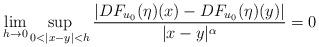
LaTeX: \begin{align*}\lim_{h\to 0} \sup_{0<|x-y|<h} \frac{ |DF_{u_0}(\eta)(x) - DF_{u_0}(\eta)(y)|}{|x-y|^\alpha} = 0\end{align*}